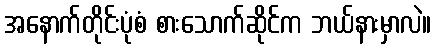
အနောက်တိုင်းပုံစံ စားသောက်ဆိုင်က ဘယ်နားမှာလဲ။